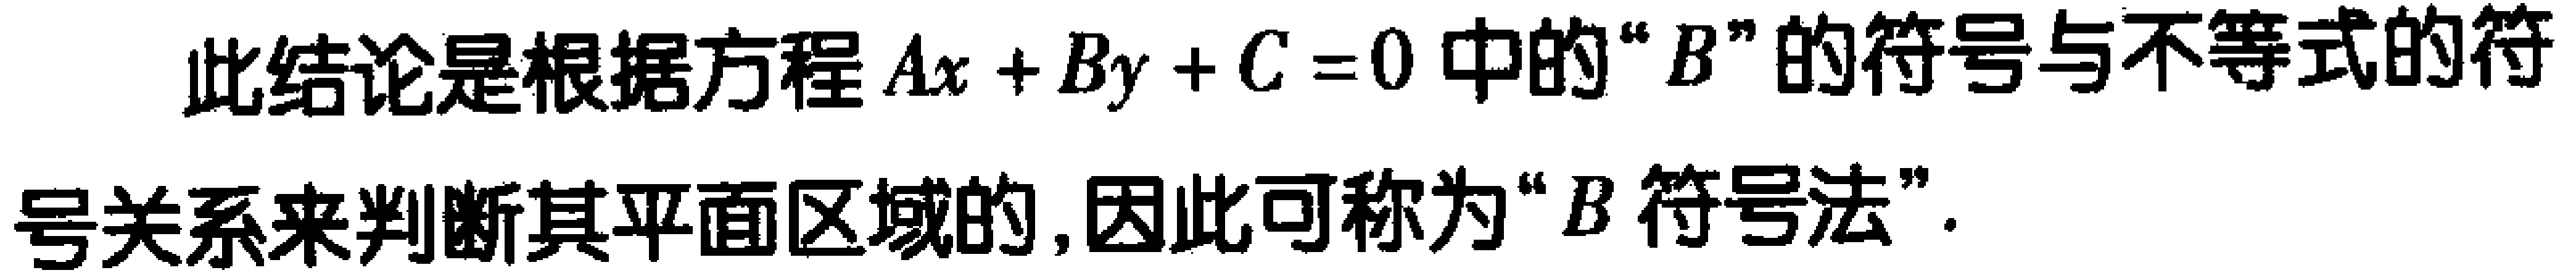
此结论是根据方程\(Ax + By + C = 0\)中的“\(B\)”的符号与不等式的符号关系来判断其平面区域的, 因此可称为“\(B\)符号法”.